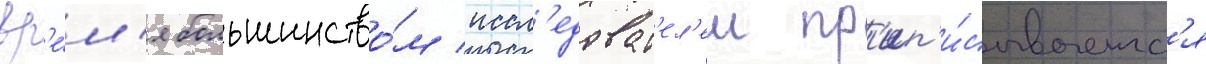
вр'е́м'я большинство́м иссл'едоват'ел'еи пр'ип'и́сываетс'я